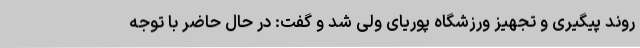
روند پیگیری و تجهیز ورزشگاه پوریای ولی شد و گفت: در حال حاضر با توجه